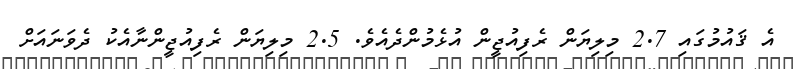
އެ ޤައުމުގައި 2.7 މިލިޔަން ރެފިއުޖީން އުޅެމުންދެއެވެ. 2.5 މިލިޔަން ރެފިއުޖީންނާއެކު ދެވަނައަށް